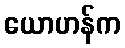
ယောဟန်က